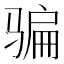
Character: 骗